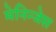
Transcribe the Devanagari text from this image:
मेनिन्जेस